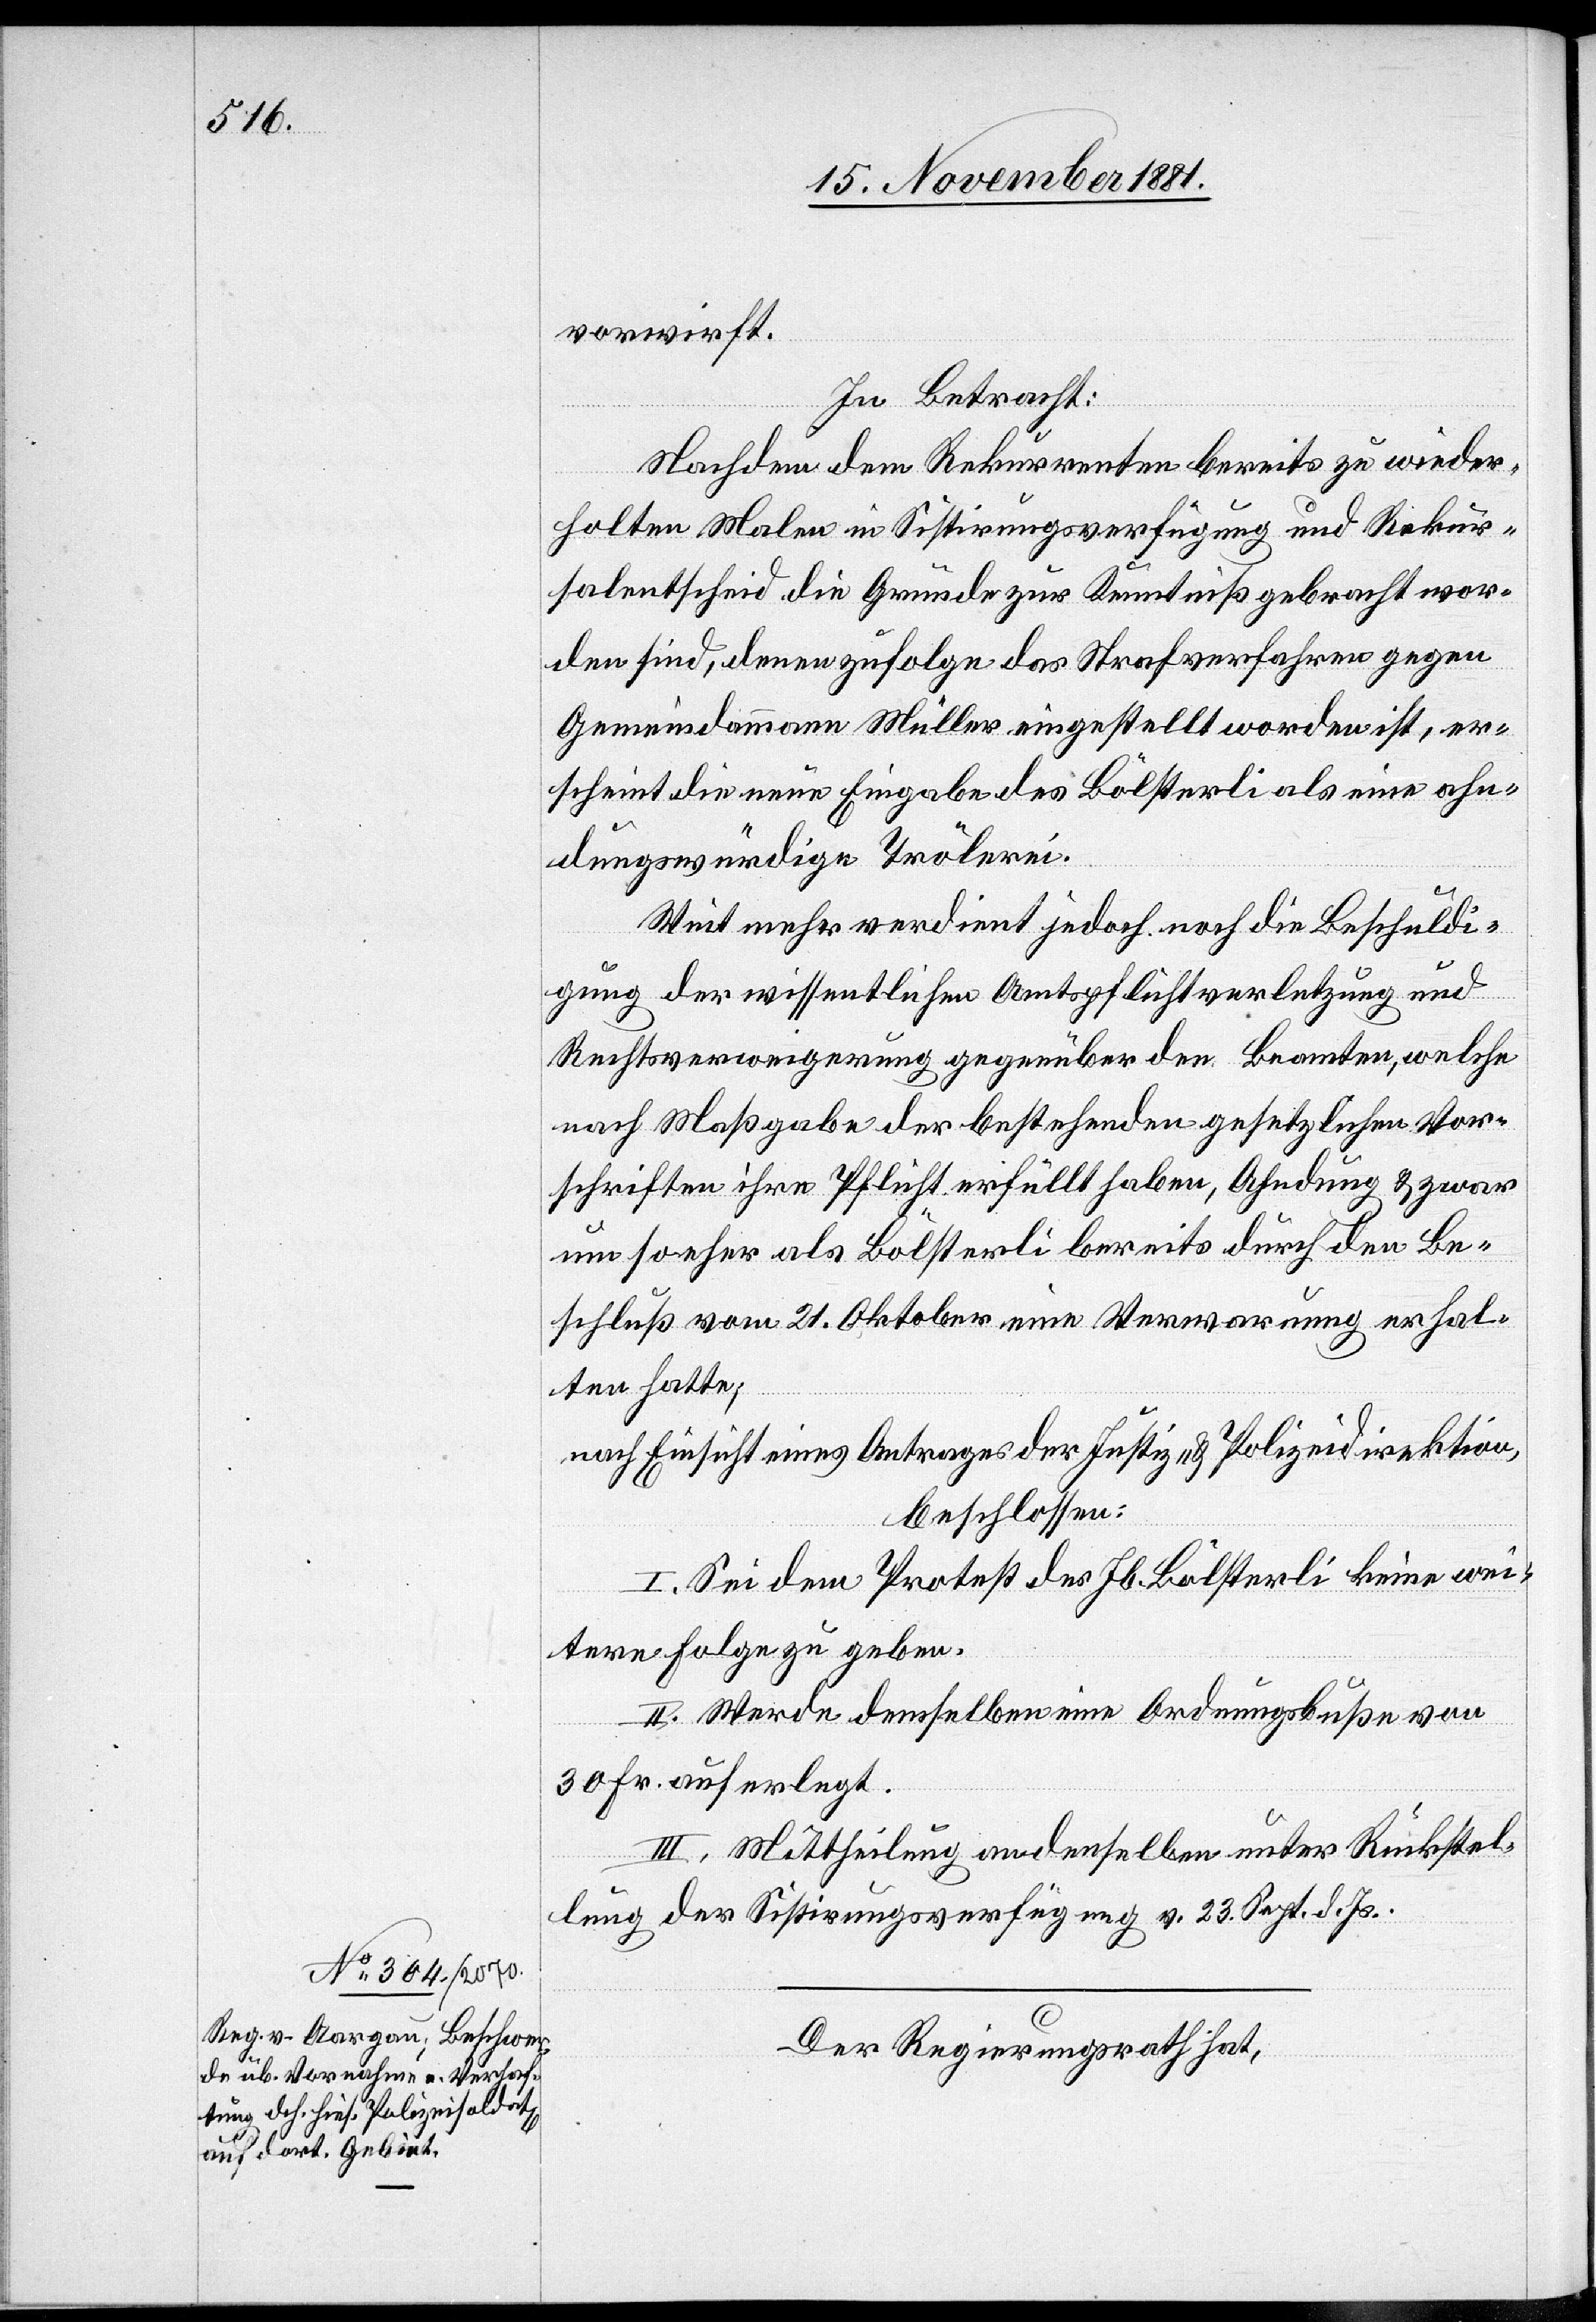
vorwirft.
In Betracht:
Nachdem dem Rekurrenten bereits zu wieder¬
holten Malen in Sistirungsverfügung und Rekur¬
salentscheid die Gründe zur Kenntniß gebracht wor¬
den sind, denen zufolge das Strafverfahren gegen
Gemeindammann Müller eingestellt worden ist, er¬
scheint die neue Eingabe des Bölsterli als eine ahn¬
dungswürdige Trölerei.
Weit mehr verdient jedoch noch die Beschuldi¬
gung der wissentlichen Amtspflichtverletzung und
Rechtsverweigerung gegenüber den Beamten, welche
nach Maßgabe der bestehenden gesetzlichen Vor¬
schriften ihre Pflicht erfüllt haben, Ahndung & zwar
um so eher als Bölsterli bereits durch den Be¬
schluß vom 21. Oktober eine Verwarnung erhal¬
ten hatte;
nach Einsicht eines Antrages der Justiz- & Polizeidirektion,
beschlossen:
I. Sei dem Protest des Jb. Bölsterli keine wei¬
tere Folge zu geben.
II. Werde demselben eine Ordnungsbuße von
30 Fr. auferlegt.
III. Mittheilung an denselben unter Rückstel¬
lung der Sistirungsverfügung v. 23. Sept. d. Js.
Der Regierungsrath hat,